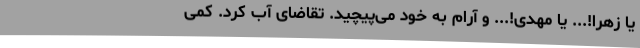
یا زهرا!... یا مهدی!... و آرام به خود می‌پیچید. تقاضای آب کرد. کمی